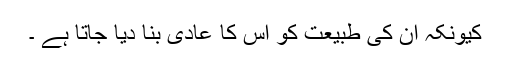
کیونکہ ان کی طبیعت کو اس کا عادی بنا دیا جاتا ہے ۔